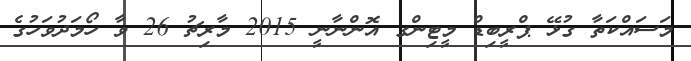
މަސައްކަތާ ގުޅޭ ޕްރީބިޑް މީޓިންގ އޮންނާނީ 2015 މާރިޗު 26 ވާ ހޯމަދުވަހުގެ